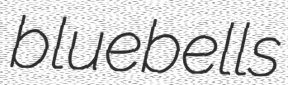
bluebells